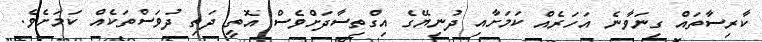
ކާރިސާތައް ގިނަވާނެ އަހަރެއް ކަމަށާއި ދުނިޔޭގެ އިގްތިސާދަށްވެސް އޮތީ ދަތި ދުވަސްތަކެއް ކަމަށެވެ.